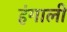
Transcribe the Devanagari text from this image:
हंगाली